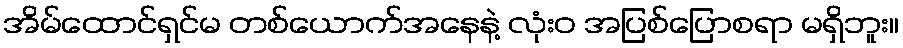
အိမ်ထောင်ရှင်မ တစ်ယောက်အနေနဲ့ လုံးဝ အပြစ်ပြောစရာ မရှိဘူး။